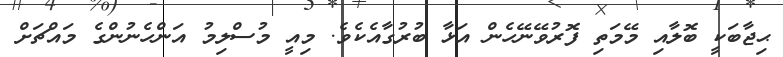
ޙިޖާބަކީ ބޮލާއި މޭމަތި ފޮރުވޭނޭހެން އަޅާ ބުރުގާއެކެވެ. މިއީ މުސްލިމު އަންހެނުންގެ މައްޗަށް